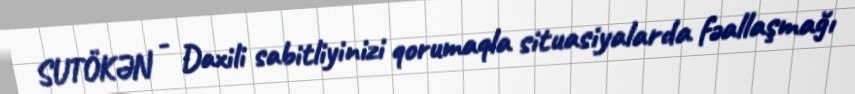
SUTÖKƏN - Daxili sabitliyinizi qorumaqla situasiyalarda fəallaşmağı